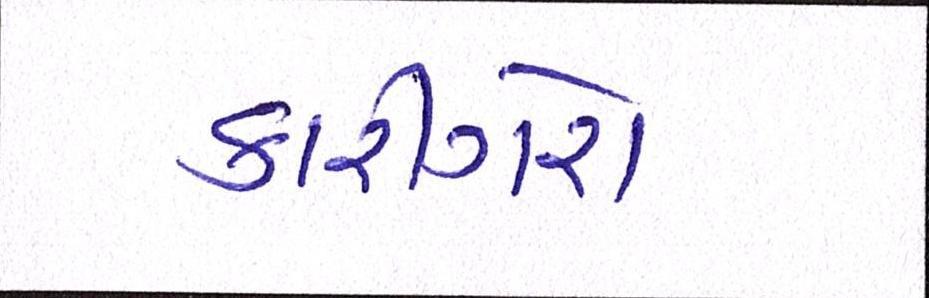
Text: કારીગરો